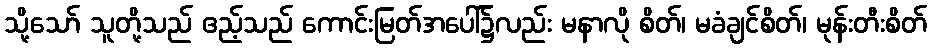
သို့သော် သူတို့သည် ဧည့်သည် ကောင်းမြတ်အပေါ်၌လည်း မနာလို စိတ်၊ မခံချင်စိတ်၊ မုန်းတီးစိတ်